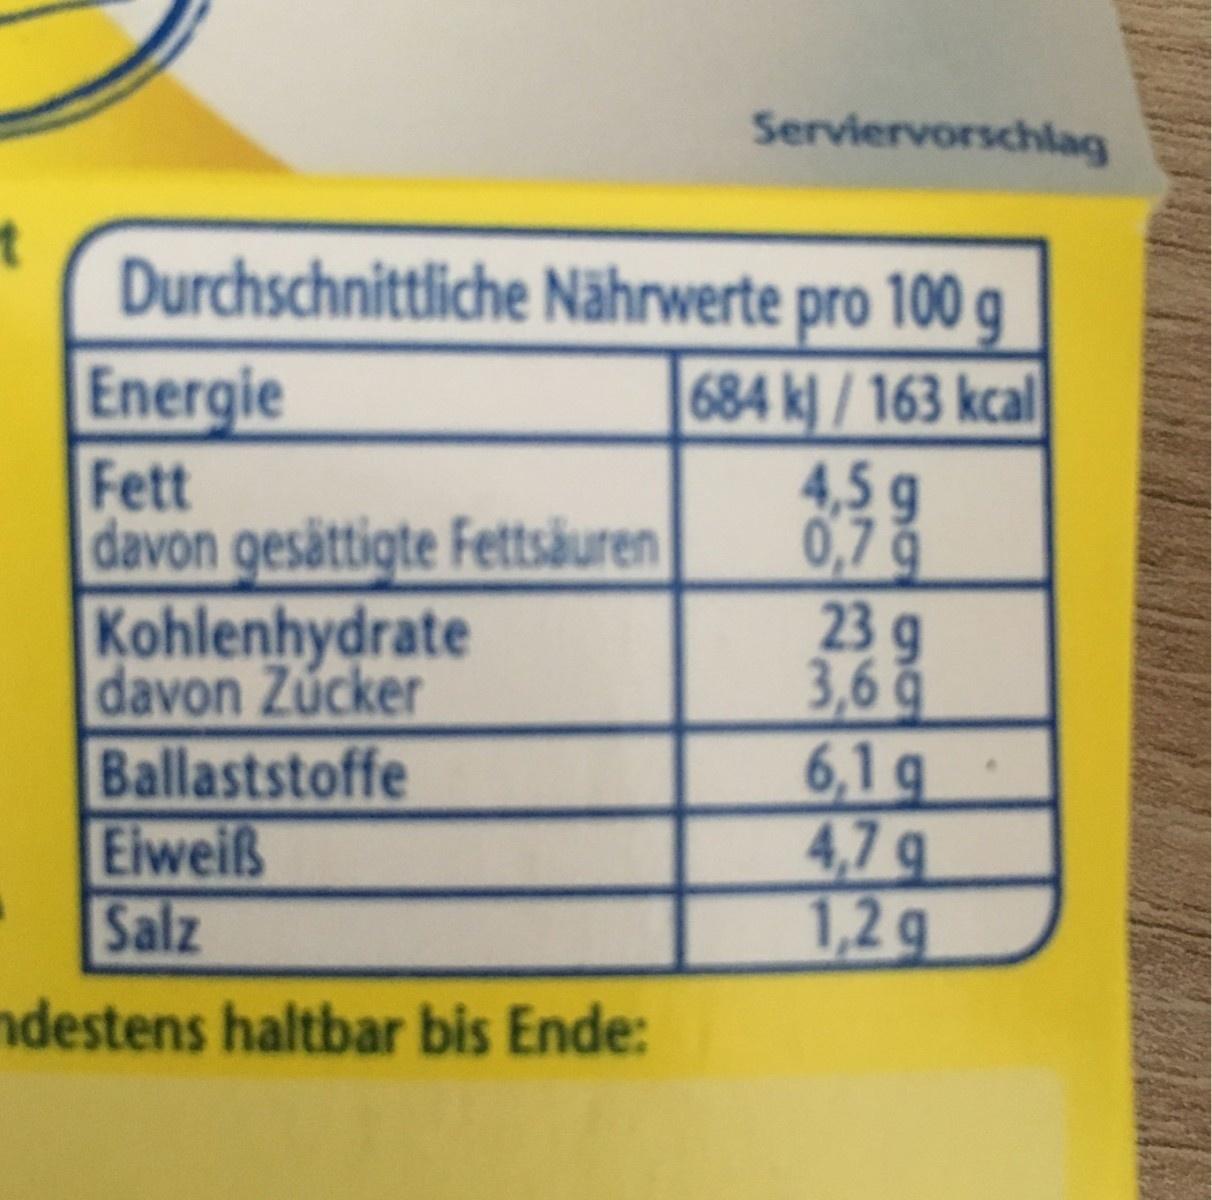
Serviervorschlag Durchschnittliche Nährwerte pro 100 g Energie Fett davon gesättigte Fettsäuren Kohlenhydrate davon Zucker Ballaststoffe Eiweiß Salz destens haltbar bis Ende: 684 k] /163 kcal 4,5 g 0,7 23 g 3,6 6,1 q 4,7 g 1,2 g